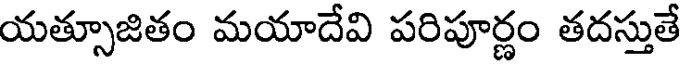
యత్సూజితం మయాదేవి పరిపూర్ణం తదస్తుతే